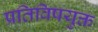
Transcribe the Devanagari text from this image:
प्रतिविषयुक्त